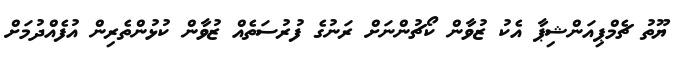
ޔޫތު ޗެމްޕިއަންޝިޕާ އެކު ޒުވާން ކޯޗުންނަށް ރަނުގެ ފުރުސަތެއް ޒުވާން ކުޅުންތެރިން އުފެއްދުމަށް